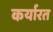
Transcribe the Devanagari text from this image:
कर्यारत